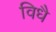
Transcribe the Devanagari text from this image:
विधै